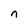
Character: n